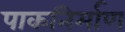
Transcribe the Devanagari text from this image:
पाकनिर्माण